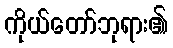
ကိုယ်တော်ဘုရား၏